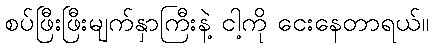
စပ်ဖြီးဖြီးမျက်နှာကြီးနဲ့ ငါ့ကို ငေးနေတာရယ်။